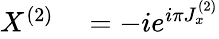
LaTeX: \begin{array}{rl}{X^{(2)}}&{{}=-ie^{i\pi J_{x}^{(2)}}}\end{array}